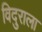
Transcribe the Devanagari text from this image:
विदुराला